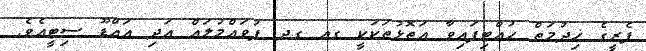
ފެރީގެ ޚިދުމަތް ހުއްޓިފައިވާ އަތޮޅުތަކަކީ ގއ ގދ ފުވައްމުލައް އަދި އައްޑޫ ސިޓީއެވެ.